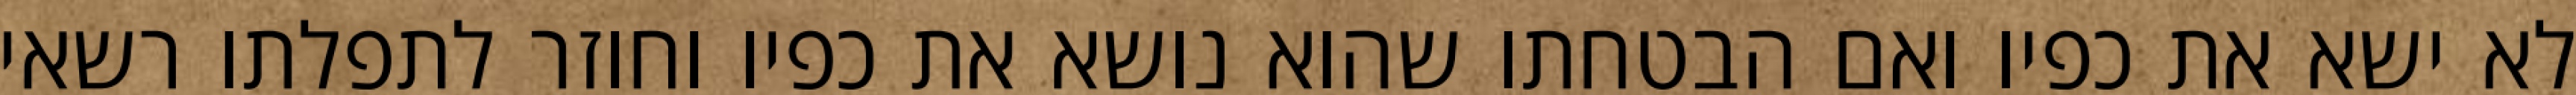
לא ישא את כפיו ואם הבטחתו שהוא נושא את כפיו וחוזר לתפלתו רשאי